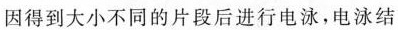
因得到大小不同的片段后进行电泳，电泳结